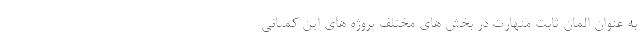
به عنوان المان ثابت منهارت در بخش های مختلف پروژه های این کمپانی